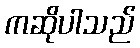
ကဆိုပါသည်